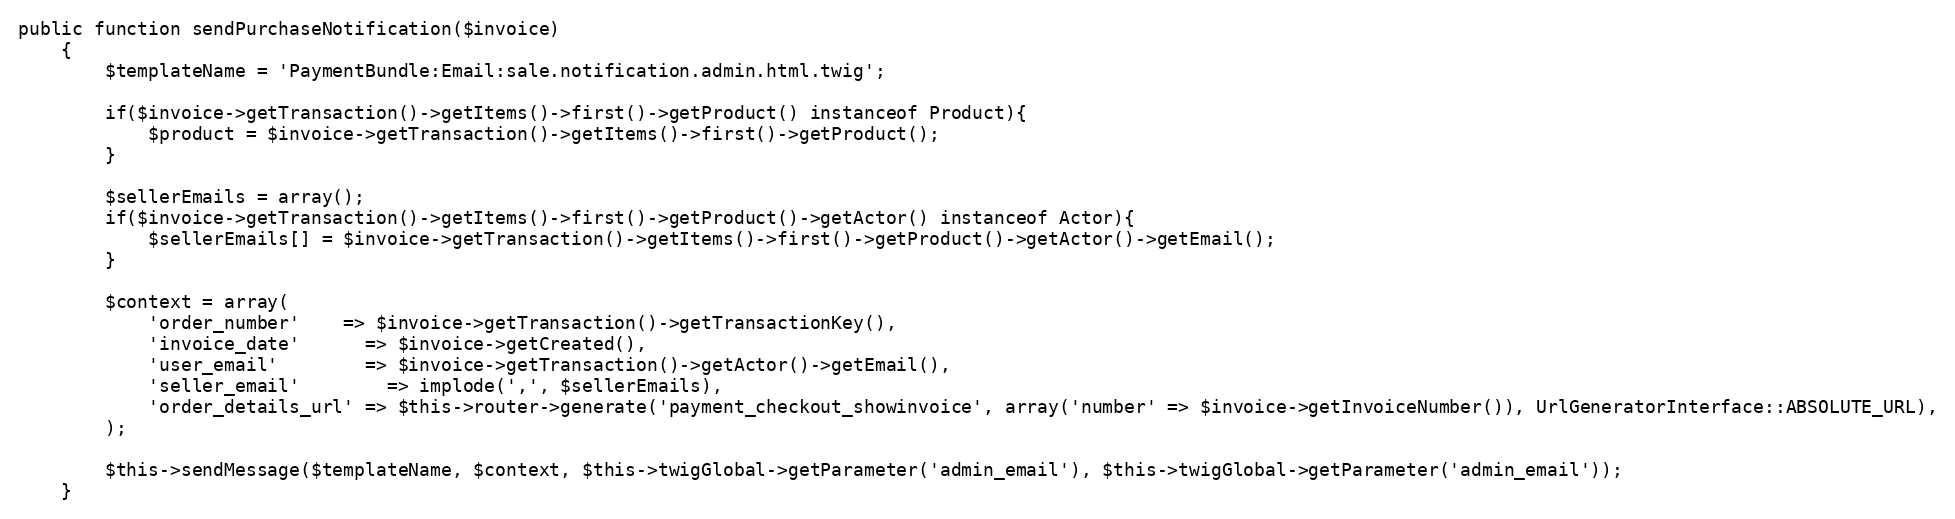
Language: PHP
public function sendPurchaseNotification($invoice)
    {
        $templateName = 'PaymentBundle:Email:sale.notification.admin.html.twig';

        if($invoice->getTransaction()->getItems()->first()->getProduct() instanceof Product){
            $product = $invoice->getTransaction()->getItems()->first()->getProduct();
        }

        $sellerEmails = array();
        if($invoice->getTransaction()->getItems()->first()->getProduct()->getActor() instanceof Actor){
            $sellerEmails[] = $invoice->getTransaction()->getItems()->first()->getProduct()->getActor()->getEmail();
        }

        $context = array(
            'order_number'    => $invoice->getTransaction()->getTransactionKey(),
            'invoice_date'      => $invoice->getCreated(),
            'user_email'        => $invoice->getTransaction()->getActor()->getEmail(),
            'seller_email'        => implode(',', $sellerEmails),
            'order_details_url' => $this->router->generate('payment_checkout_showinvoice', array('number' => $invoice->getInvoiceNumber()), UrlGeneratorInterface::ABSOLUTE_URL),
        );

        $this->sendMessage($templateName, $context, $this->twigGlobal->getParameter('admin_email'), $this->twigGlobal->getParameter('admin_email'));
    }